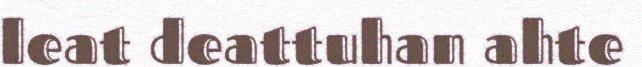
leat deattuhan ahte